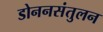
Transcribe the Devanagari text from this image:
डोननसंतुलन